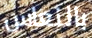
بالنعاس